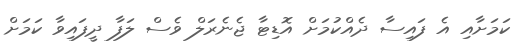
ކަމަށާއި އެ ފައިސާ ދެއްކުމަށް އޮޑިޓާ ޖެނެރަލް ވެސް ލަފާ ދީފައިވާ ކަމަށް